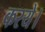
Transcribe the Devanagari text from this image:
करये।